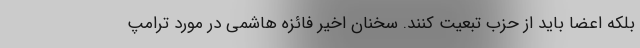
بلکه اعضا باید از حزب تبعیت کنند. سخنان اخیر فائزه هاشمی در مورد ترامپ